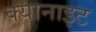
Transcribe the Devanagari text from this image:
क्यानाइट